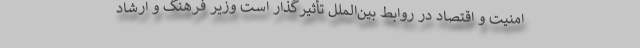
امنیت و اقتصاد در روابط بین‌الملل تأثیرگذار است وزیر فرهنگ و ارشاد